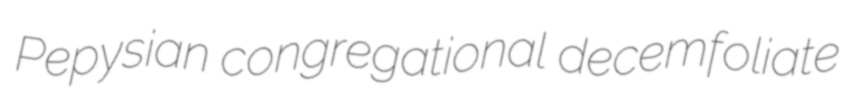
Pepysian congregational decemfoliate